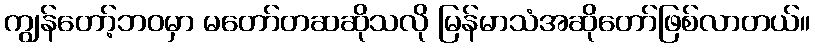
ကျွန်တော့်ဘဝမှာ မတော်တဆဆိုသလို မြန်မာသံအဆိုတော်ဖြစ်လာတယ်။